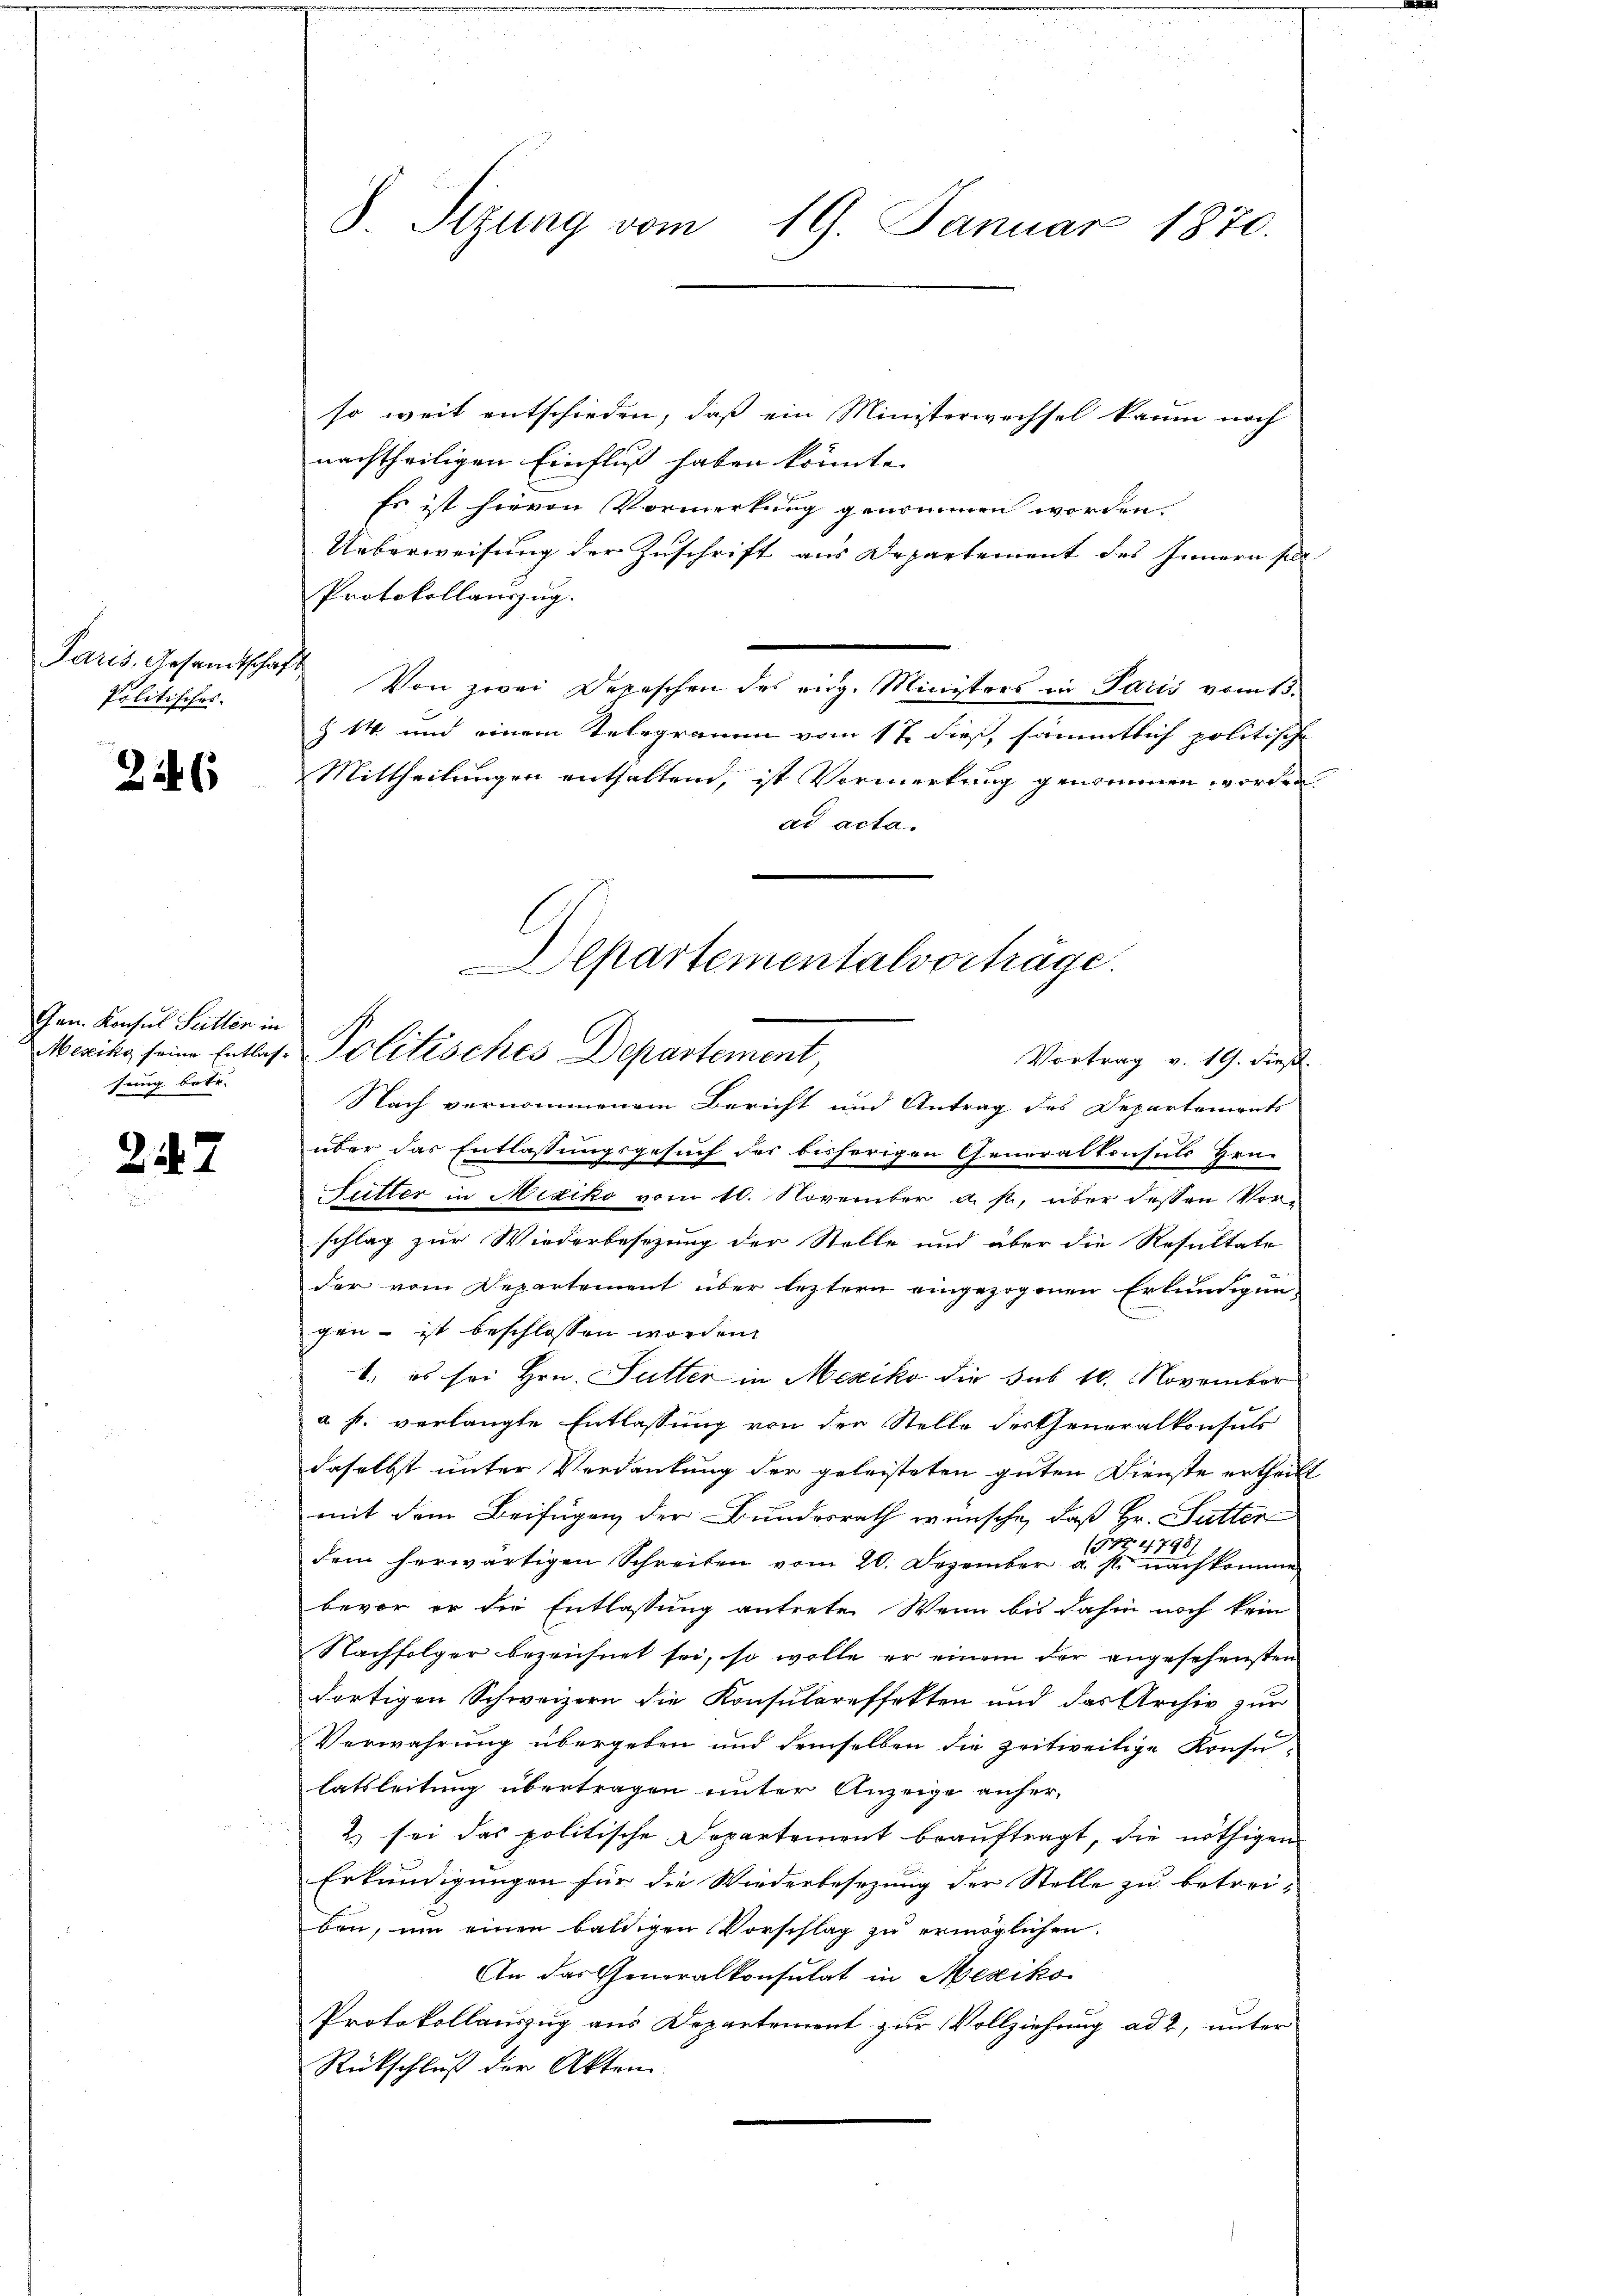
Politisches.

26

Gen. Konsul Sitten in
sung betr.

247

so weit entschieden, daß ein Ministerwechsel kaum noch
nachtheiligen Einfluß haben könnte.
Es ist hievon Vormerkung genommen worden.
Ueberweisung der Zuschrift aus Departement des Innern soll
Protokollauszug.
Paris, Gesandtschaft Von zwei Depeschen des virg. Ministers in Paris vom 15.
Z 14 und einem Telegramm vom 17. dieß, sämmtlich politische
Mittheilungen enthaltend, ist Vormerkung genommen worden.
ad acta.
Departementalvorträge.

Nach vernommenem Bericht und Antrag des Departements
über das Entlassungsgesuch des bisherigen Generalkonsuls Hrn
Futter in Mexiko vom 10. November a. p., über dessen Vor-
schlag zur Wiederbesezung der Stelle und über die Resultate
der vom Departement über leztern eingezogenen Erkundigun-
gen – ist beschlossen worden.
1. es sei Hrn. Sutter in Mexiko die sub 10. November
a. f. verlangte Entlassung von der Stelle destheneralkonsuls
daselbst unter Verdankung der geleisteten guten Dienste ertheilt
mit dem Beifügen der Bundesrath wünsche, daß Hr. Sutter
1752
790
dem herwärtigen Schreiben vom 20. Dezember a. s. nachkomme
bevor er die Entlassung antrete. Wenn bis dahin noch kein
Nachfolger bezeichnet sei, so wolle er einem der angesehensten
dortigen Schweizern die Konsulareffekten und das Archiv zur
Verwahrung übergeben und demselben die zeitweitige Konsu-
latsleitung übertragen unter Anzeige anher¬
2) sei das politische Departement beauftragt, die nöthigen
Erkundigungen für die Wiederbesezung der Stelle zu betrei-
ben, um einen baldigen Vorschlag zu ermöglichen.
An das Generalkonsulat in Mexiko
Protokollauszug aus Departement zur Vollziehung ad 2, unter
Rückschluß der Akten.

8. Sitzung vom 19. Januar 1870.

Mexiko seine Entlas- Politisches Departement,
Vortrag v. 19. dieß.